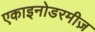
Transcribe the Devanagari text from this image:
एकाइनोडरमीज़